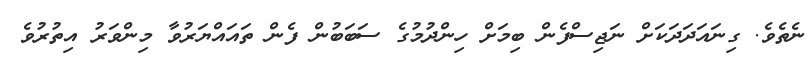
ނެތެވެ. ގިނައަދަދަކަށް ނަޖިސްފެން ބިމަށް ހިންދުމުގެ ސަބަބުން ފެން ތައައްޔަރުވާ މިންވަރު އިތުރުވެ